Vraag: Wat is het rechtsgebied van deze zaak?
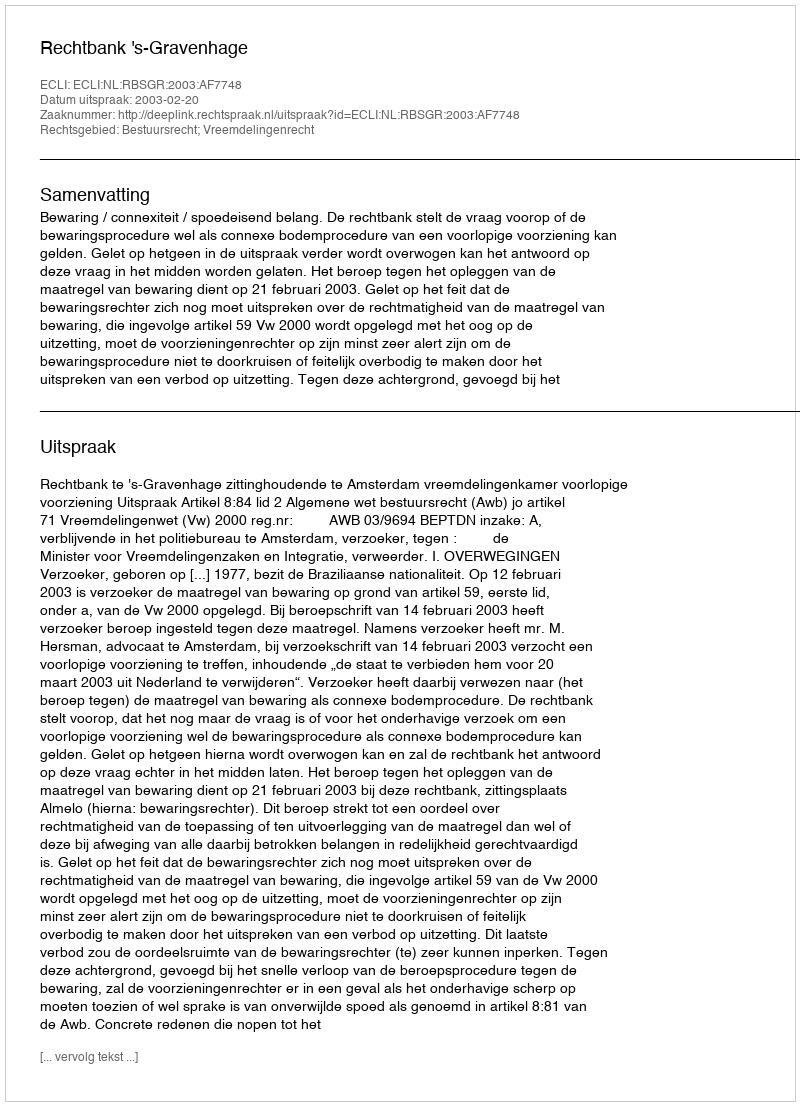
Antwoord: Bestuursrecht; Vreemdelingenrecht